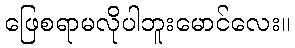
ဖြေစရာမလိုပါဘူးမောင်လေး။